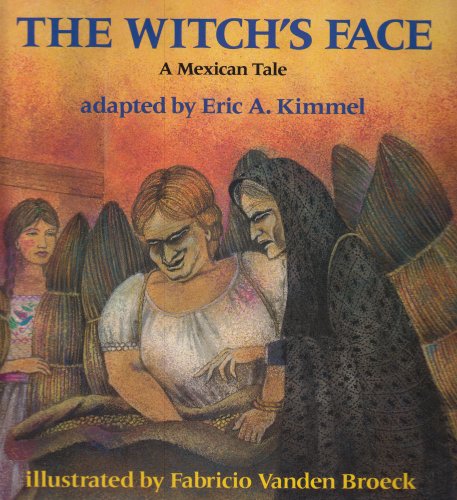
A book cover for The Witch's Face: A Mexican Tale; Eric A. Kimmel; Children's Books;